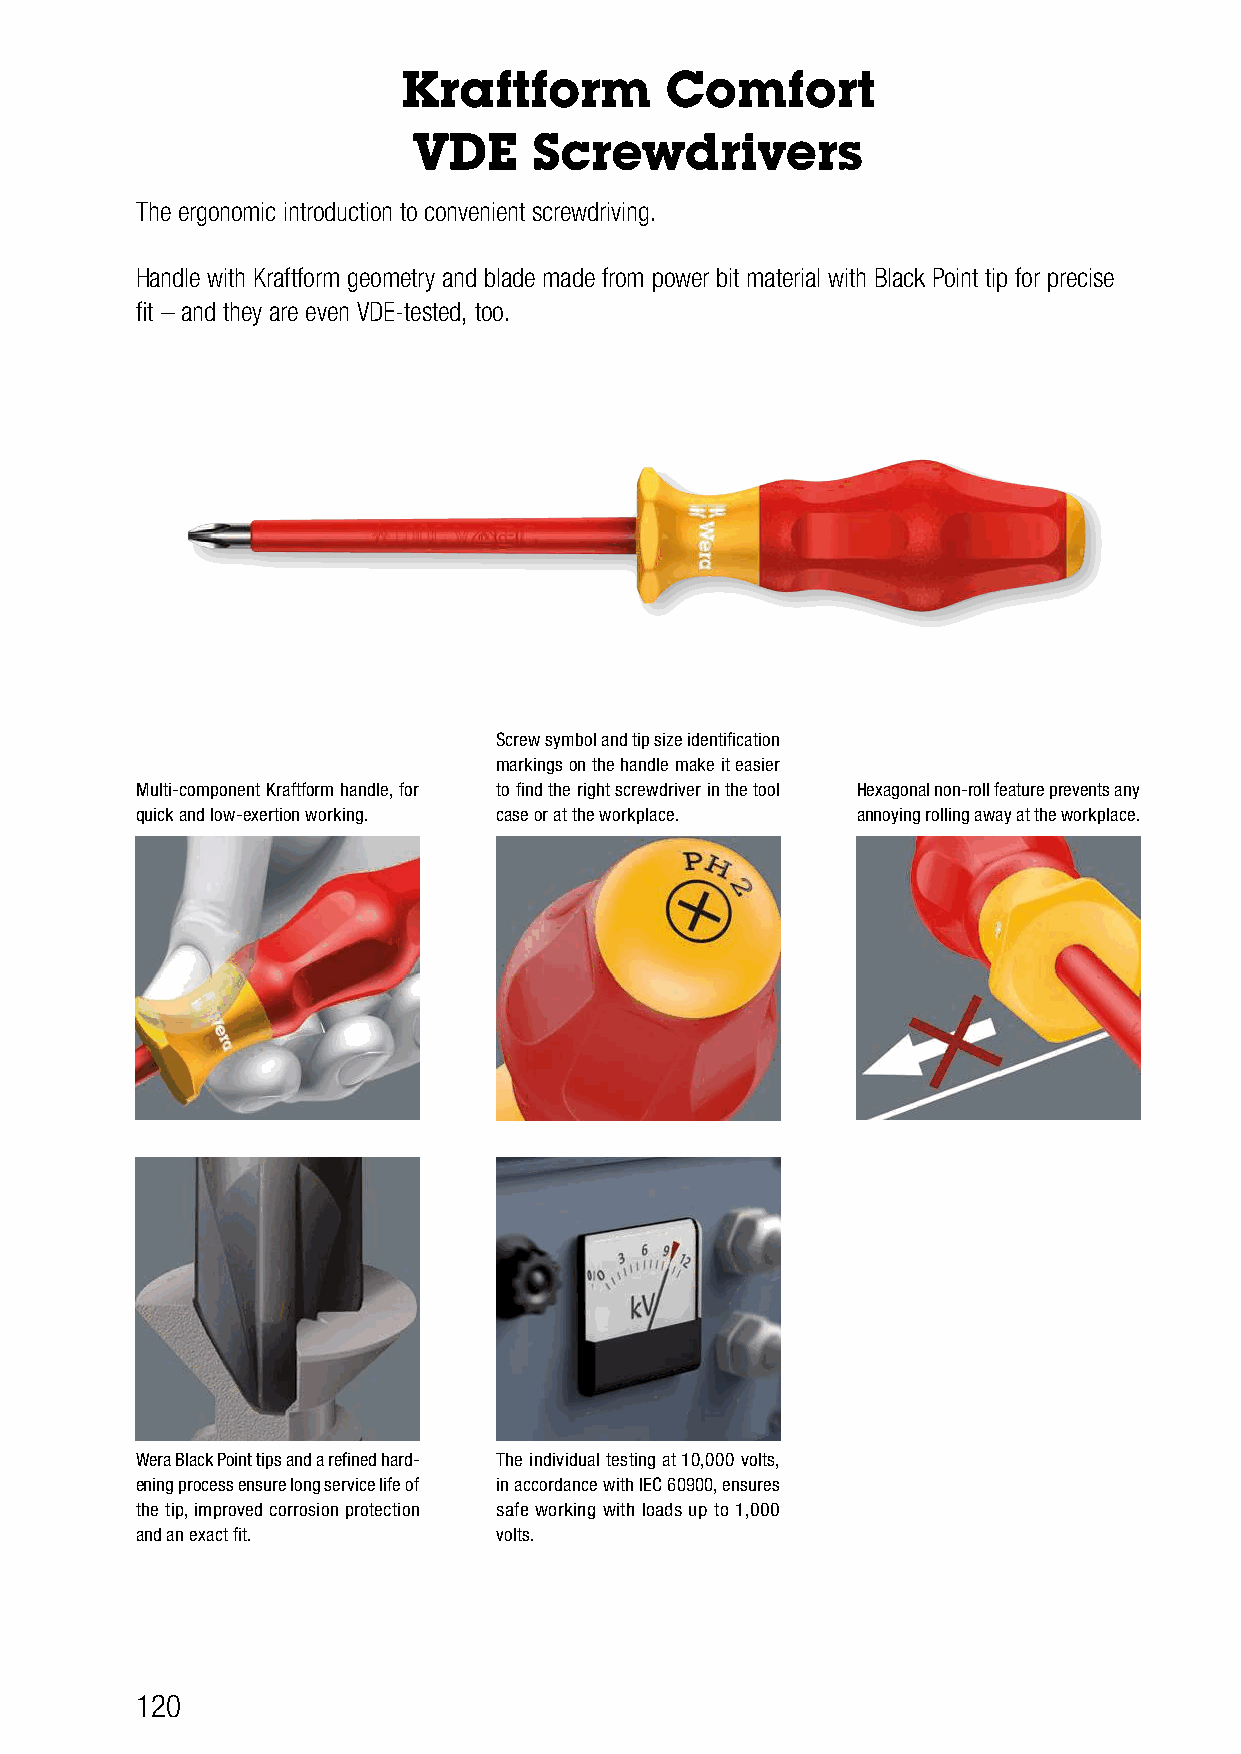
Kraftform        Comfort
 VDE     Screwdrivers
 The ergonomic introduction to convenient screwdriving.
 Handle with Kraftform geometry and blade made from power bit material with Black Point tip for precise
 fit – and they are even VDE-tested, too.
 Screw symbol and tip size identification
 markings on the handle make it easier
 Multi-component Kraftform handle, for to find the right screwdriver in the tool Hexagonal non-roll feature prevents any
 quick and low-exertion working. case or at the workplace. annoying rolling away at the workplace.
 Wera Black Point tips and a refined hard- The individual testing at 10,000 volts,
 ening process ensure long service life of in accordance with IEC 60900, ensures
 the tip, improved corrosion protection safe working with loads up to 1,000
 and an exact fit.       volts.
 120